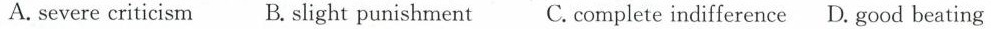
A.severe criticism B.Slight punishment C.Complete indifference D. Good beating